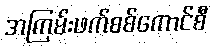
အကြမ်းဖက်စစ်ကောင်စီ